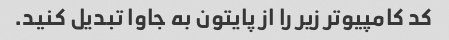
کد کامپیوتر زیر را از پایتون به جاوا تبدیل کنید.